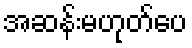
အဆန်းမဟုတ်ပေ